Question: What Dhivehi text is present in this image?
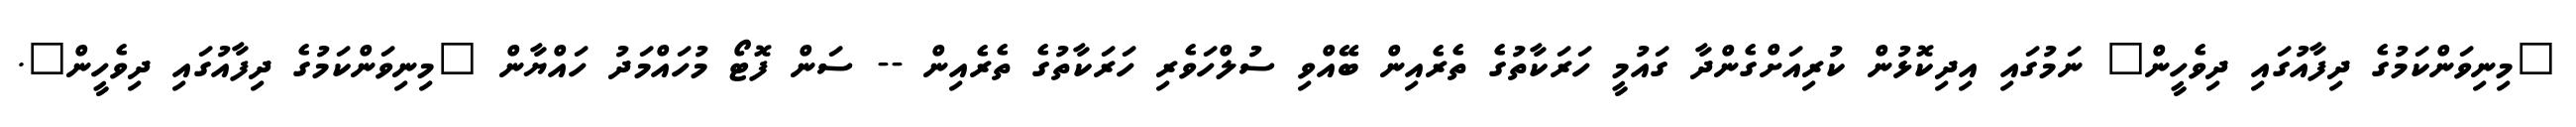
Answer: "މިނިވަންކަމުގެ ދިފާއުގައި ދިވެހީން" ނަމުގައި އިދިކޮޅުން ކުރިއަށްގެންދާ ގައުމީ ހަރަކާތުގެ ތެރެއިން ބޭއްވި ސުލްހަވެރި ހަރަކާތުގެ ތެރެއިން -- ސަން ފޮޓޯ މުހައްމަދު ހައްޔާން "މިނިވަންކަމުގެ ދިފާއުގައި ދިވެހީން".